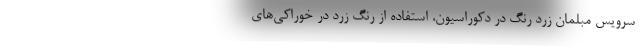
سرویس مبلمان زرد رنگ در دکوراسیون، استفاده از رنگ زرد در خوراکی‌های